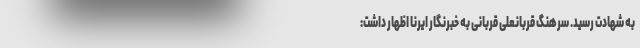
به شهادت رسید. سرهنگ قربانعلی قربانی به خبرنگار ایرنا اظهار داشت: